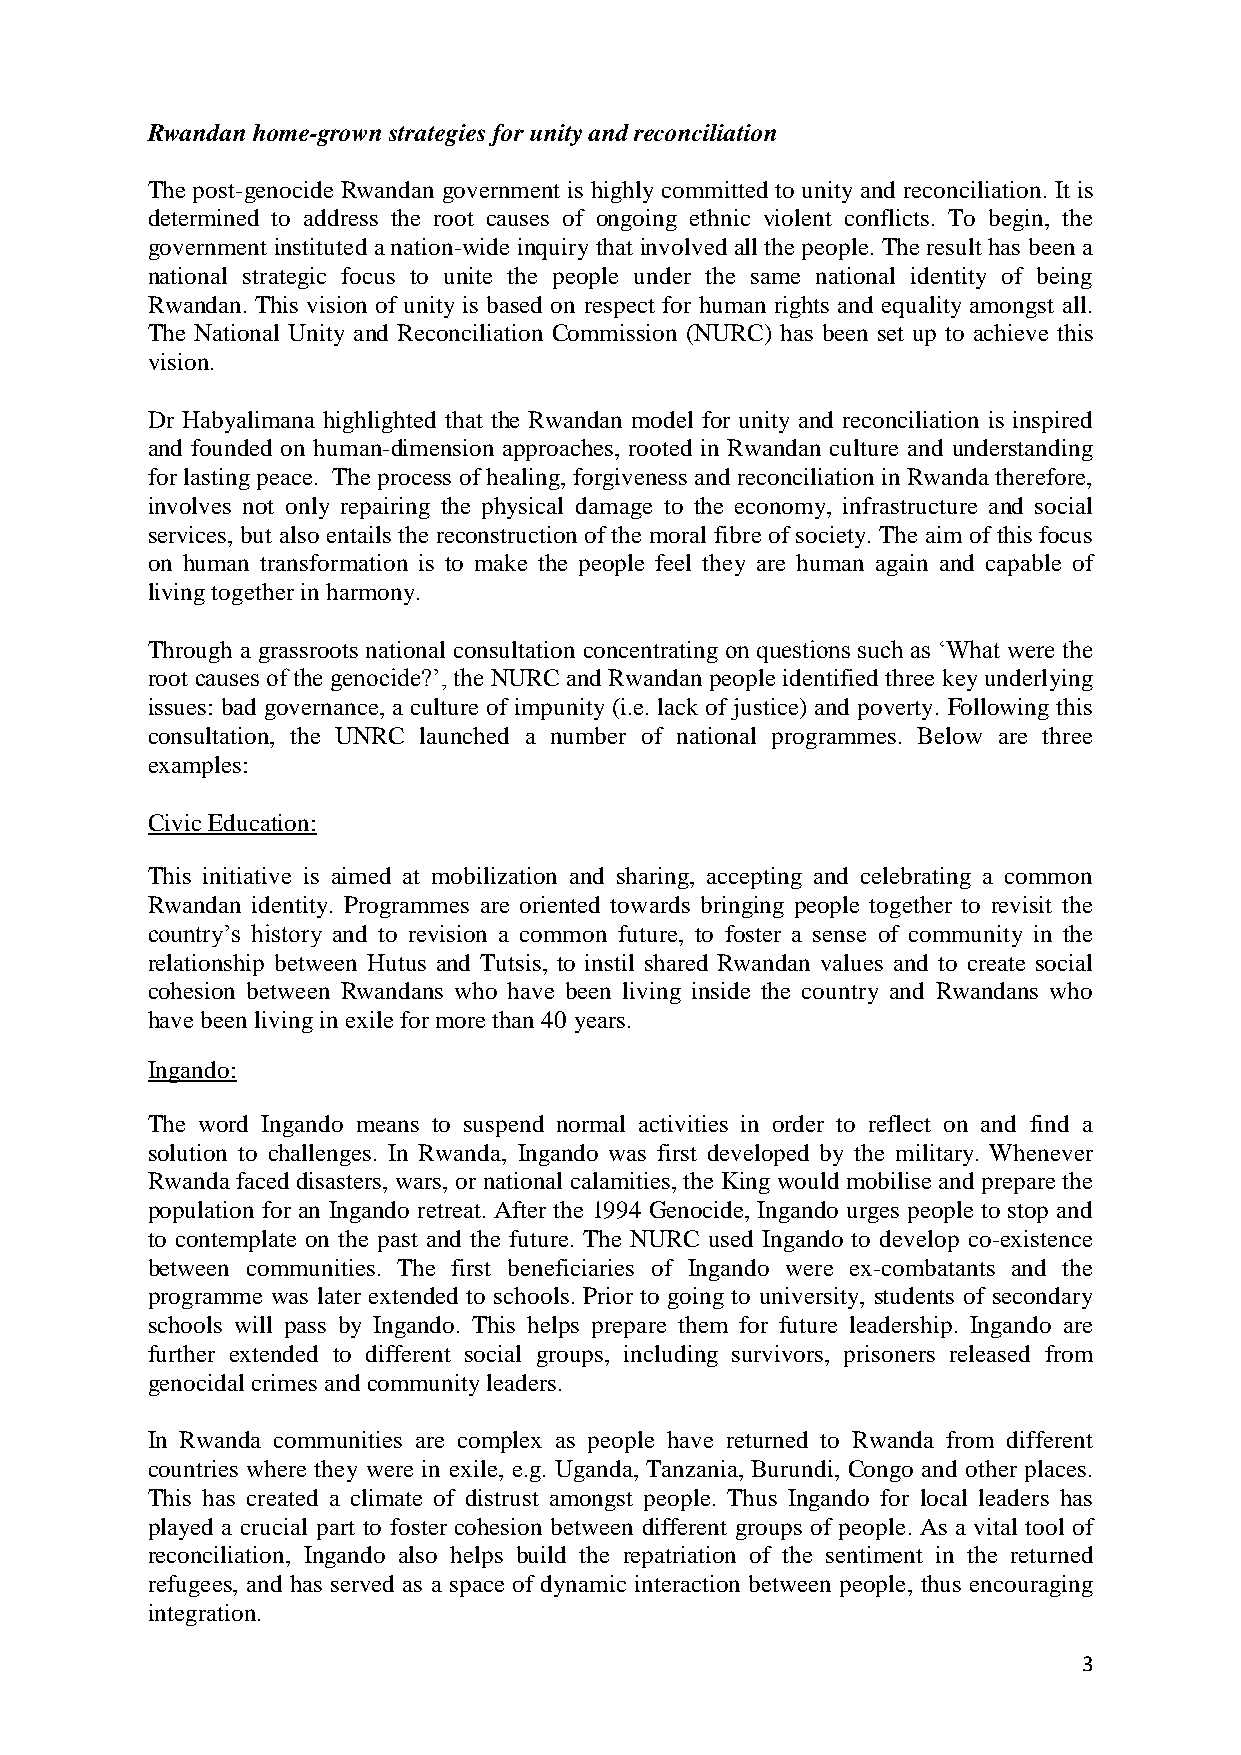
Rwandan home-grown strategies for unity and reconciliation
 The post-genocide Rwandan government is highly committed to unity and reconciliation. It is
 determined to address the root causes of ongoing ethnic violent conflicts. To begin, the
 government instituted a nation-wide inquiry that involved all the people. The result has been a
 national strategic focus to unite the people under the same national identity of being
 Rwandan. This vision of unity is based on respect for human rights and equality amongst all.
 The National Unity and Reconciliation Commission (NURC) has been set up to achieve this
 vision.
 Dr Habyalimana highlighted that the Rwandan model for unity and reconciliation is inspired
 and founded on human-dimension approaches, rooted in Rwandan culture and understanding
 for lasting peace. The process of healing, forgiveness and reconciliation in Rwanda therefore,
 involves not only repairing the physical damage to the economy, infrastructure and social
 services, but also entails the reconstruction of the moral fibre of society. The aim of this focus
 on human transformation is to make the people feel they are human again and capable of
 living together in harmony.
 Through a grassroots national consultation concentrating on questions such as ‘What were the
 root causes of the genocide?’, the NURC and Rwandan people identified three key underlying
 issues: bad governance, a culture of impunity (i.e. lack of justice) and poverty. Following this
 consultation, the UNRC launched a number of national programmes. Below are three
 examples:
 Civic Education:
 This initiative is aimed at mobilization and sharing, accepting and celebrating a common
 Rwandan identity. Programmes are oriented towards bringing people together to revisit the
 country’s history and to revision a common future, to foster a sense of community in the
 relationship between Hutus and Tutsis, to instil shared Rwandan values and to create social
 cohesion between Rwandans who have been living inside the country and Rwandans who
 have been living in exile for more than 40 years.
 Ingando:
 The word Ingando means to suspend normal activities in order to reflect on and find a
 solution to challenges. In Rwanda, Ingando was first developed by the military. Whenever
 Rwanda faced disasters, wars, or national calamities, the King would mobilise and prepare the
 population for an Ingando retreat. After the 1994 Genocide, Ingando urges people to stop and
 to contemplate on the past and the future. The NURC used Ingando to develop co-existence
 between communities. The first beneficiaries of Ingando were ex-combatants and the
 programme was later extended to schools. Prior to going to university, students of secondary
 schools will pass by Ingando. This helps prepare them for future leadership. Ingando are
 further extended to different social groups, including survivors, prisoners released from
 genocidal crimes and community leaders.
 In Rwanda communities are complex as people have returned to Rwanda from different
 countries where they were in exile, e.g. Uganda, Tanzania, Burundi, Congo and other places.
 This has created a climate of distrust amongst people. Thus Ingando for local leaders has
 played a crucial part to foster cohesion between different groups of people. As a vital tool of
 reconciliation, Ingando also helps build the repatriation of the sentiment in the returned
 refugees, and has served as a space of dynamic interaction between people, thus encouraging
 integration.
 3